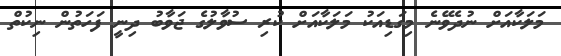
މަލަކާއަށް ނުދެވޭނެ މިގަޑިއަކު މަލަކާއަށް ކުރި ސުވާލުގެ ޖަވާބު ދިނީ ފަހަތުން ނިކުތް